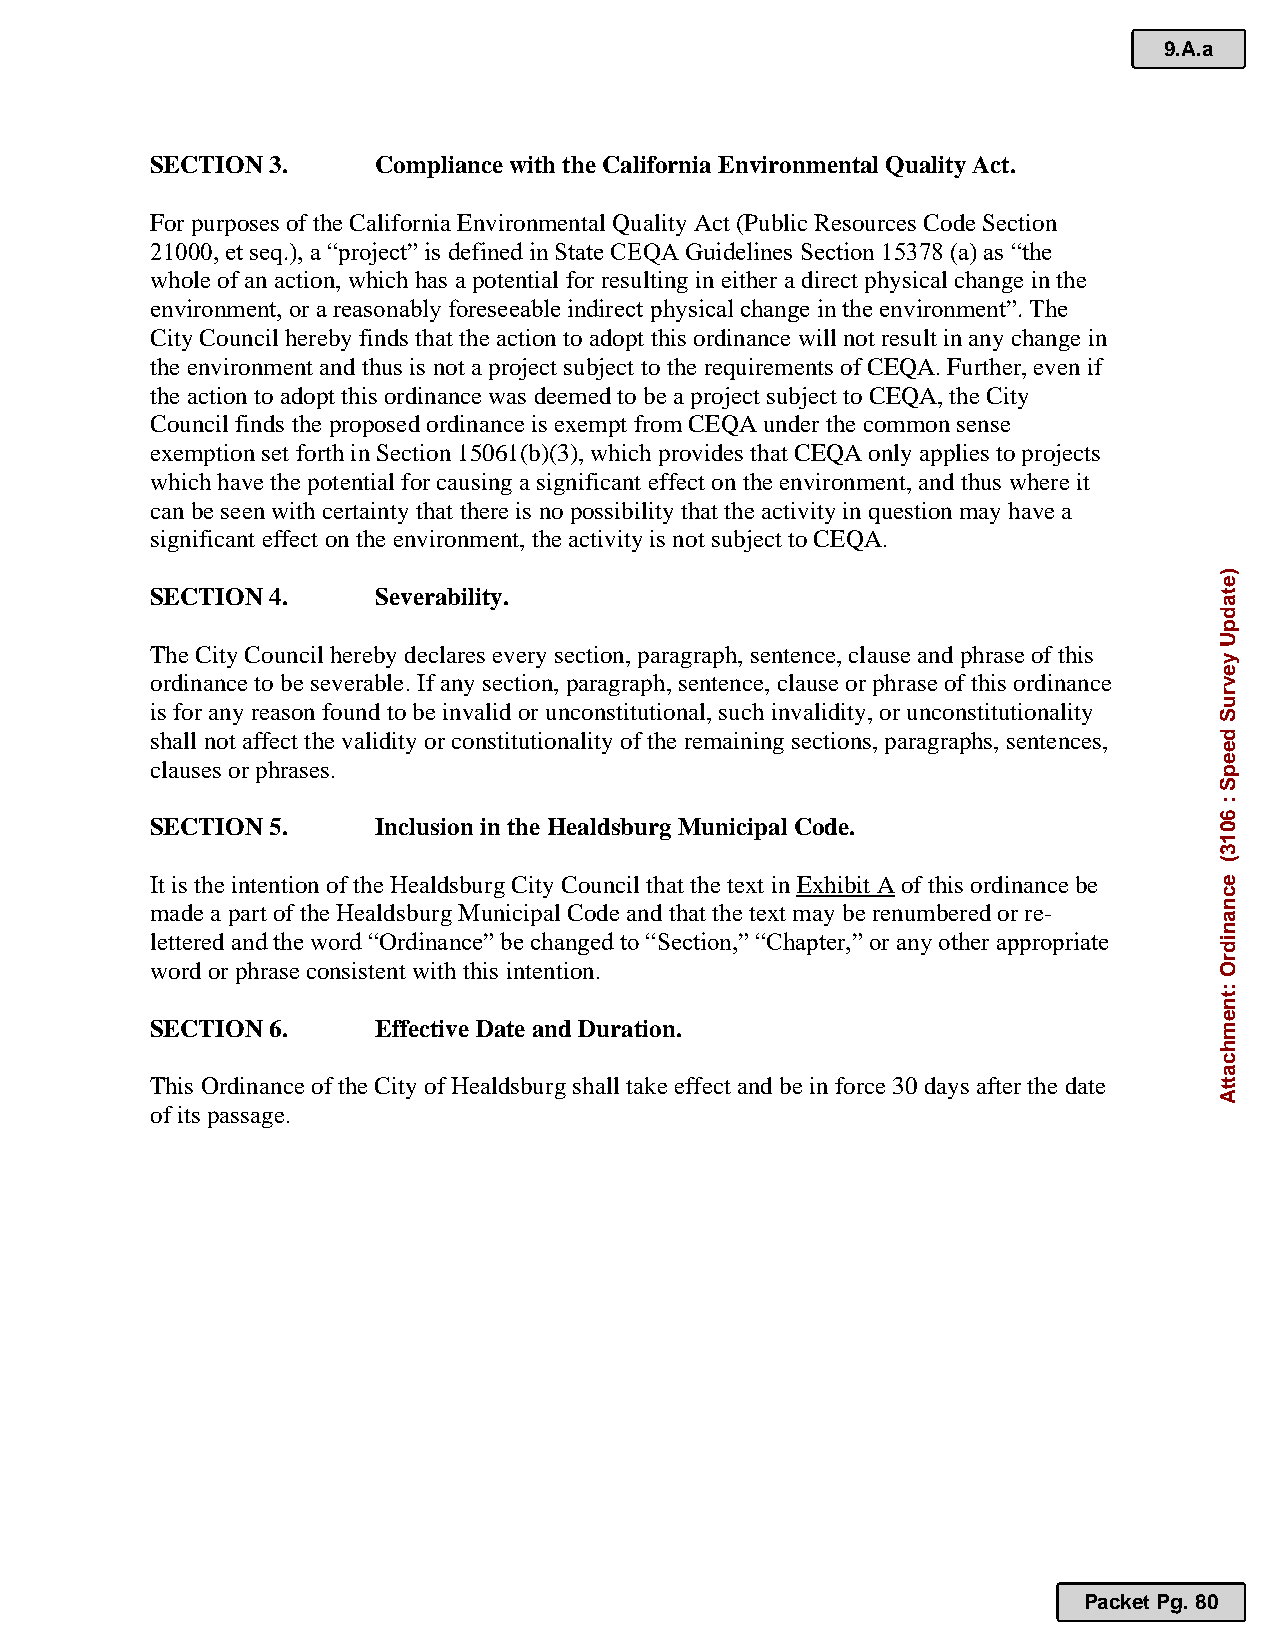
9.A.a
 SECTION 3.     Compliance with the California Environmental Quality Act.
 For purposes of the California Environmental Quality Act (Public Resources Code Section
 21000, et seq.), a “project” is defined in State CEQA Guidelines Section 15378 (a) as “the
 whole of an action, which has a potential for resulting in either a direct physical change in the
 environment, or a reasonably foreseeable indirect physical change in the environment”. The
 City Council hereby finds that the action to adopt this ordinance will not result in any change in
 the environment and thus is not a project subject to the requirements of CEQA. Further, even if
 the action to adopt this ordinance was deemed to be a project subject to CEQA, the City
 Council finds the proposed ordinance is exempt from CEQA under the common sense
 exemption set forth in Section 15061(b)(3), which provides that CEQA only applies to projects
 which have the potential for causing a significant effect on the environment, and thus where it
 can be seen with certainty that there is no possibility that the activity in question may have a
 significant effect on the environment, the activity is not subject to CEQA.
 SECTION 4.     Severability.
 The City Council hereby declares every section, paragraph, sentence, clause and phrase of this
 ordinance to be severable. If any section, paragraph, sentence, clause or phrase of this ordinance
 is for any reason found to be invalid or unconstitutional, such invalidity, or unconstitutionality
 shall not affect the validity or constitutionality of the remaining sections, paragraphs, sentences,
 clauses or phrases.
 SECTION 5.     Inclusion in the Healdsburg Municipal Code.
 It is the intention of the Healdsburg City Council that the text in Exhibit A of this ordinance be
 made a part of the Healdsburg Municipal Code and that the text may be renumbered or re-
 lettered and the word “Ordinance” be changed to “Section,” “Chapter,” or any other appropriate
 word or phrase consistent with this intention.
 SECTION 6.     Effective Date and Duration.
 This Ordinance of the City of Healdsburg shall take effect and be in force 30 days after the date
 of its passage.
 Packet Pg. 80
 )etadpU
 yevruS
 deepS
 :
 6013(
 ecnanidrO
 :tnemhcattA